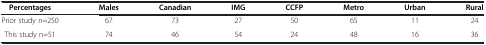
<table><thead><tr><td><b>Percentages</b></td><td><b>Males</b></td><td><b>Canadian</b></td><td><b>IMG</b></td><td><b>CCFP</b></td><td><b>Metro</b></td><td><b>Urban</b></td><td><b>Rural</b></td></tr></thead><tbody><tr><td>Prior study n=250</td><td>67</td><td>73</td><td>27</td><td>50</td><td>65</td><td>11</td><td>24</td></tr><tr><td>This study n=51</td><td>74</td><td>46</td><td>54</td><td>24</td><td>48</td><td>16</td><td>36</td></tr></tbody></table>